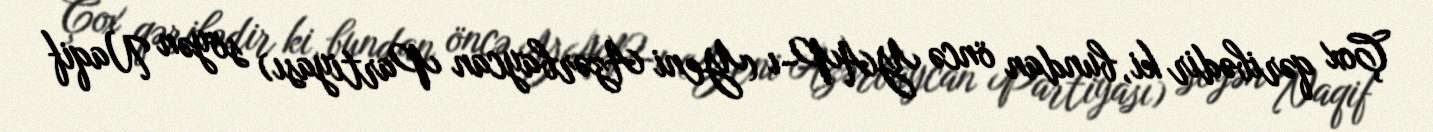
Çox qəribədir ki, bundan öncə YAP-ı (Yeni Azərbaycan Partiyası) söyən Naqif